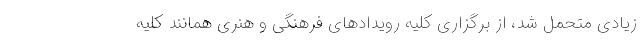
زیادی متحمل شد، از برگزاری کلیه رویدادهای فرهنگی و هنری همانند کلیه